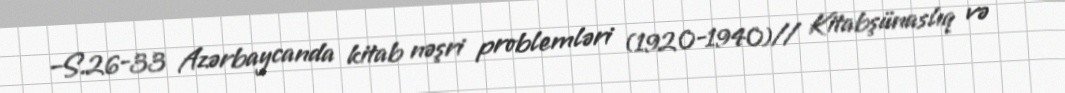
–S.26-33 Azərbaycanda kitab nəşri problemləri (1920-1940)// Kitabşünaslıq və